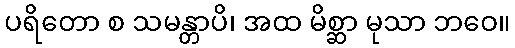
ပရိတော စ သမန္တာပိ၊ အထ မိစ္ဆာ မုသာ ဘဝေ။